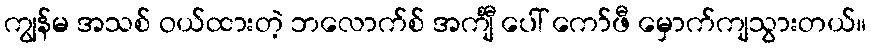
ကျွန်မ အသစ် ဝယ်ထားတဲ့ ဘလောက်စ် အင်္ကျီ ပေါ် ကော်ဖီ မှောက်ကျသွားတယ်။